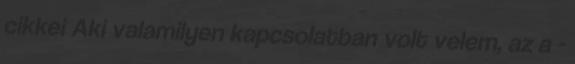
cikkei Aki valamilyen kapcsolatban volt velem, az a -